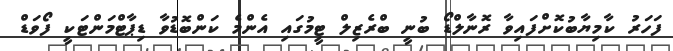
ފަހަރު ކާމިޔާބުކޮށްފައިވާ ރޮނާލްޑޯ ބުނީ ބްރެޒިލް ޓީމުގައި އެންމެ ކަންބޮޑުވާ ޑިޕާޓްމަންޓަކީ ފޯވަޑް